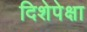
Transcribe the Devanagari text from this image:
दिशेपेक्षा